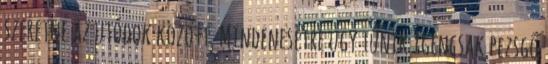
szeretne az utódok között. Mindenesetre ugy tűnik igencsak pezsgő